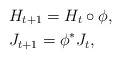
\begin{align*}&H_{t+1}=H_t\circ\phi,\\&J_{t+1}=\phi^\ast J_t,\end{align*}